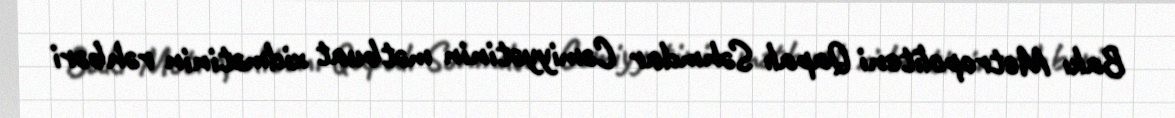
Bakı Metropoliteni Qapalı Səhmdar Cəmiyyətinin mətbuat xidmətinin rəhbəri